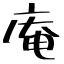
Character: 庵